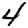
Digit: 4